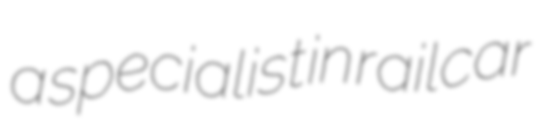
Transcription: a specialist in railcar